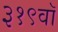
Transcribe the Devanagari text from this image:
३१९वॉ